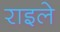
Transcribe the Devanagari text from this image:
राइले